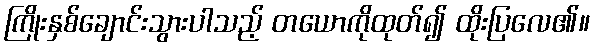
ကြိုးနှစ်ချောင်းသွားပါသည့် တယောကိုထုတ်၍ ထိုးပြလေ၏။